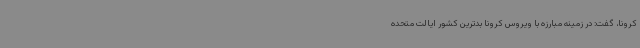
کرونا، گفت: در زمینه مبارزه با ویروس کرونا بدترین کشور ایالت متحده